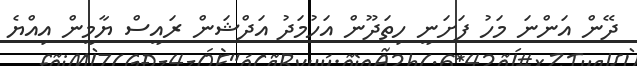
ދޭން އަންނަ މަހު ފަށަނީ ހިތަދޫން އަހުމަދު އަދްޝަން ރައީސް ޔާމީން އިއްޔެ